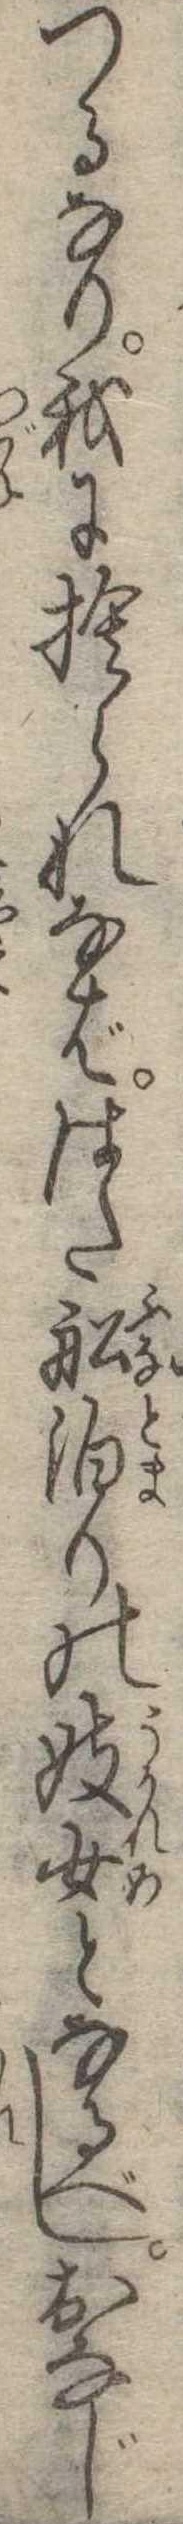
つるなり我に捨られなばはた船泊りの妓女となるべしおなじ